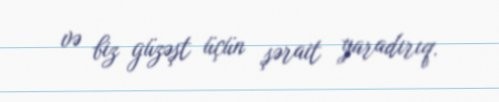
və biz güzəşt üçün şərait yaradırıq.